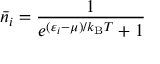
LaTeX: { \bar { n } } _ { i } = { \frac { 1 } { e ^ { ( \varepsilon _ { i } - \mu ) / k _ { \mathrm { { B } } } T } + 1 } }